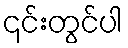
၎င်းတွင်ပါ